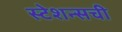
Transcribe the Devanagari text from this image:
स्टेशन्सची